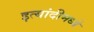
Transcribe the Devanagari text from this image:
इत्यांदीमध्ये